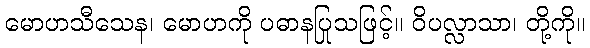
မောဟသီသေန၊ မောဟကို ပဓာနပြုသဖြင့်။ ဝိပလ္လာသာ၊ တို့ကို။